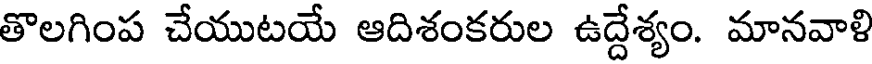
తొలగింప చేయుటయే ఆదిశంకరుల ఉద్దేశ్యం. మానవాళి